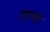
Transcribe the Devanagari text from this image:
गानमो